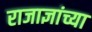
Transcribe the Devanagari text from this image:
राजाज्ञांच्या